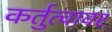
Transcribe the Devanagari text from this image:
कर्तुत्वावर